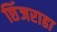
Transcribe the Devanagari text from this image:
छिंजराढा